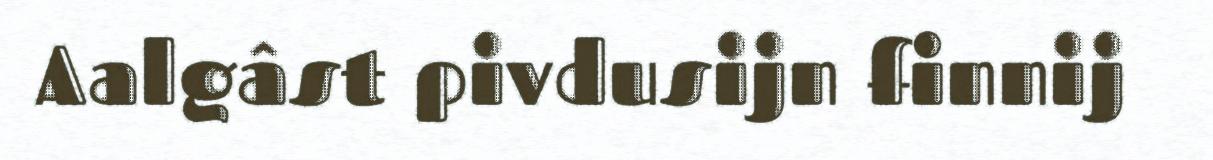
Aalgâst pivdusijn finnij